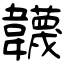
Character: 韤